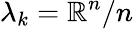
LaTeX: \lambda_{k}=\mathbb{R}^{n}/n